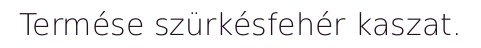
Termése szürkésfehér kaszat.